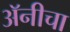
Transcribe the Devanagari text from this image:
अॅनीचा